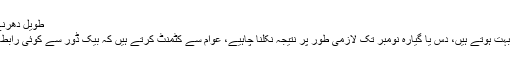
طویل دھرنے کی کوئی گنجائش نہیں، دس دنوں میں نتیجہ نکل جانا چاہیے
انہوں نے کہا کہ طویل دھرنے کی کوئی گنجائش نہیں، دس دن بہت ہوتے ہیں، دس یا گیارہ نومبر تک لازمی طور پر نتیجہ نکلنا چاہیے، عوام سے کٹمنٹ کرتے ہیں کہ بیک ڈور سے کوئی رابطہ نہیں ہورہا، رحمان ملک کا اس حوالے سے بیان بے بنیاد ہے۔